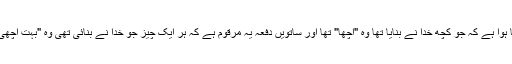
پیدایش 1 باب میں چھ دفعہ لکھا ہوا ہے کہ جو کچھ خُدا نے بنایا تھا وہ "اچھا" تھا اور ساتویں دفعہ یہ مرقوم ہے کہ ہر ایک چیز جو خُدا نے بنائی تھی وہ "بہت اچھی" تھی (پیدایش 1باب 31 آیت)۔